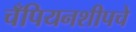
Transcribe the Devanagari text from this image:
चँपियनशीपचे